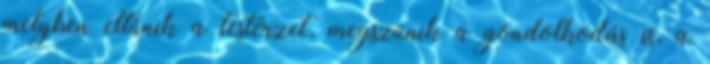
melyben eltűnik a testérzet, megszűnik a gondolkodás is, a